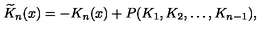
\widetilde { K } _ { n } ( x ) = - K _ { n } ( x ) + P ( K _ { 1 } , K _ { 2 } , \dots , K _ { n - 1 } ) ,